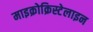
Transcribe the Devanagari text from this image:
माइक्रोक्रिस्टेलाइन